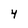
Character: 4